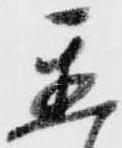
置